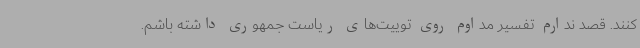
کنند. قصد ندارم تفسیر مداوم روی توییت‌های ریاست جمهوری داشته باشم.